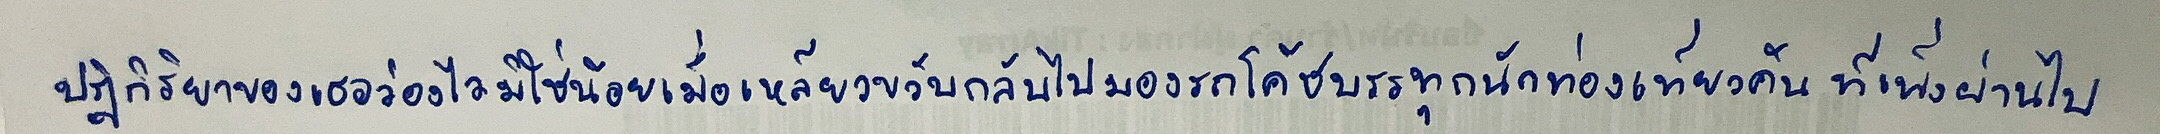
ปฏิกิริยาของเธอว่องไวมิใช่น้อยเมื่อเหลียวขวับกลับไปมองรถโค้ชบรรทุกนักท่องเที่ยวคันที่เพิ่งผ่านไป